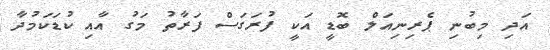
އަދި މިބުނި ޕެރިނިއަލް ބޮޑީ އަކީ ފުރަގަސް ފަރާތު މަގު އާއި ކުޑަކަމުދާ